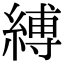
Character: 縛